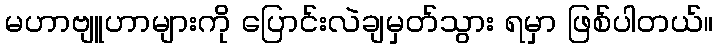
မဟာဗျူဟာများကို ပြောင်းလဲချမှတ်သွား ရမှာ ဖြစ်ပါတယ်။